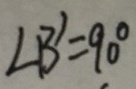
\angle B ^ { \prime } = 9 0 ^ { \circ }